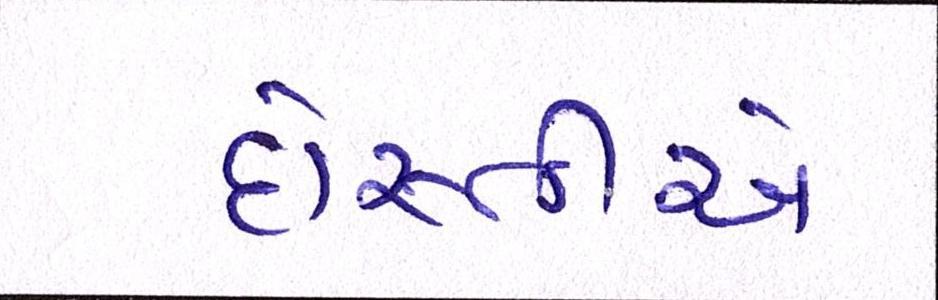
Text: દોસ્તીએ